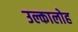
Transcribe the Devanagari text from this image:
उल्कालोह